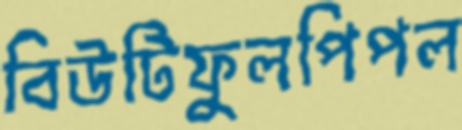
বিউটিফুলপিপল